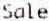
SALE